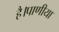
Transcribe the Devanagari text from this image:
है।पाणीया